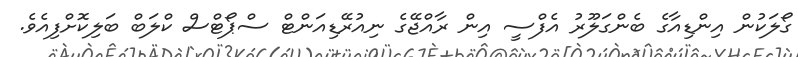
ގޯލަކުން އިންޑިއާގެ ބެންގަލޫރު އެފްސީ އިން ރާއްޖޭގެ ނިއުރޭޑިއަންޓް ސްޕޯޓްސް ކްލަބް ބަލިކޮށްފިއެވެ.